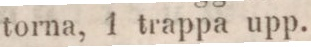
torna, 1 trappa upp.